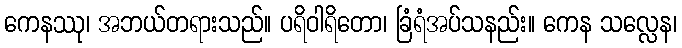
ကေနဿု၊ အဘယ်တရားသည်။ ပရိဝါရိတော၊ ခြံရံအပ်သနည်း။ ကေန သလ္လေန၊